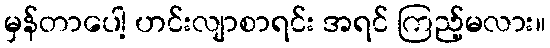
မှန်တာပေါ့ ဟင်းလျာစာရင်း အရင် ကြည့်မလား။